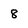
Character: 8